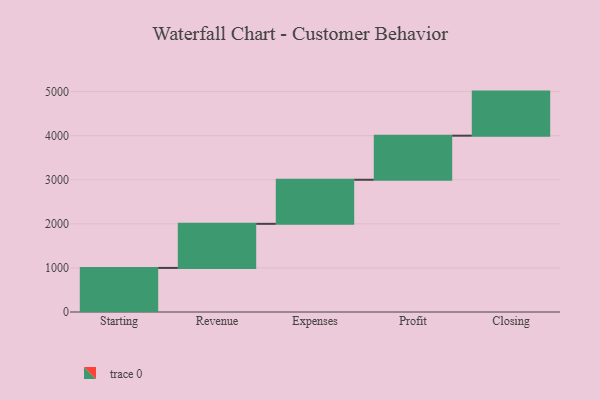
{"axis": {"x": "Step", "y": "Value"}, "legend": [""], "data": [{"x": "Starting", "y": 1000, "type": ""}, {"x": "Revenue", "y": 1000, "type": ""}, {"x": "Expenses", "y": 1000, "type": ""}, {"x": "Profit", "y": 1000, "type": ""}, {"x": "Closing", "y": 1000, "type": ""}]}